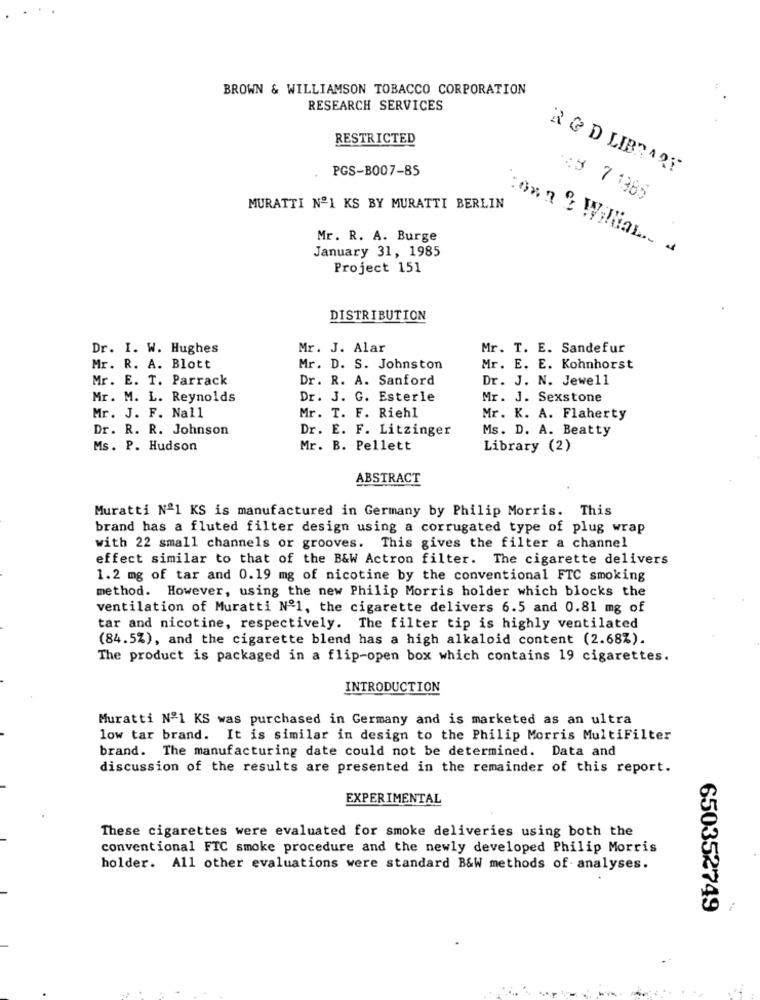
BROWN & WILLIAMSON TOBACCO CORPORATION
RESEARCH SERVICES
RESTRICTED
PGS-B007-85
R & D LIBRARY
:3 7 1365
MURATTI Nº1 KS BY MURATTI BERLIN
Mr. R. A. Burge
January 31, 1985
.on n & Willian .. .
Project 151
DISTRIBUTION
Dr. I. W. Hughes
Mr. J. Alar
Mr. T. E. Sandefur
Mr. R. A. Blott
Mr. D. S. Johnston
Mr. E. E. Kohnhorst
Mr. E. T. Parrack
Dr. R. A. Sanford
Dr. J. N. Jewell
Mr. M. L. Reynolds
Dr. J. G. Esterle
Mr. J. Sexstone
Mr. J. F. Nall
Mr. T. F. Riehl
Mr. K. A. Flaherty
Dr. R. R. Johnson
Dr. E. F. Litzinger
Ms. D. A. Beatty
Ms. P. Hudson
Mr. B. Pellett
Library (2)
ABSTRACT
Muratti Nº1 KS is manufactured in Germany by Philip Morris. This
brand has a fluted filter design using a corrugated type of plug wrap
with 22 small channels or grooves. This gives the filter a channel
effect similar to that of the B&W Actron filter. The cigarette delivers
1.2 mg of tar and 0.19 mg of nicotine by the conventional FTC smoking
method. However, using the new Philip Morris holder which blocks the
ventilation of Muratti Nº1, the cigarette delivers 6.5 and 0.81 mg of
tar and nicotine, respectively. The filter tip is highly ventilated
(84.5%), and the cigarette blend has a high alkaloid content (2.68%).
The product is packaged in a flip-open box which contains 19 cigarettes.
INTRODUCTION
Muratti Nº1 KS was purchased in Germany and is marketed as an ultra
low tar brand. It is similar in design to the Philip Morris MultiFilter
brand. The manufacturing date could not be determined. Data and
discussion of the results are presented in the remainder of this report.
EXPERIMENTAL
These cigarettes were evaluated for smoke deliveries using both the
conventional FTC smoke procedure and the newly developed Philip Morris
holder. All other evaluations were standard B&W methods of - analyses.
650352749
.... ..